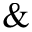
\&